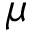
\mu